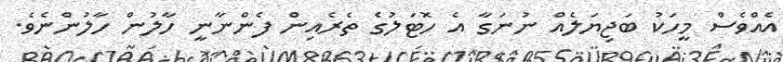
އެއްވެސް މީހަކު ބަޖިޔަލެއް ނުނަގާ އެ ހޮޓަލުގެ ތެރެއިން ފެންނާނީ ހާލުން ހާލުންނެވެ.